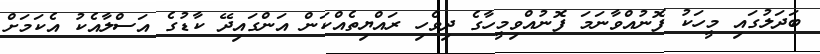
ބަދަލުގައި މީހަކު ފޮނުއްވާނަމަ ފޮނުއްވިމީހާގެ ދިވެހި ރައްޔިތެއްކަން އަންގައިދޭ ކާޑުގެ އަސްލާއެކު އެކަމަށް